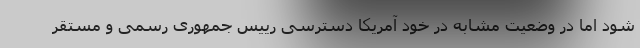
شود اما در وضعیت مشابه در خود آمریکا دسترسی رییس جمهوری رسمی و مستقر